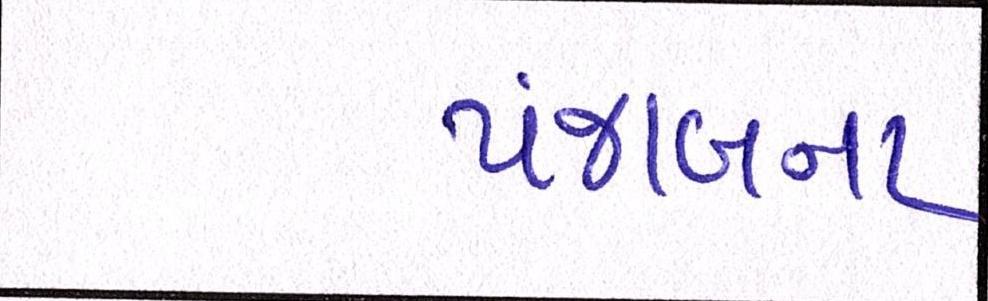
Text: પંજાબના